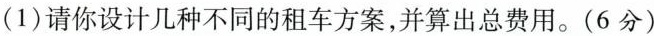
(1)请你设计几种不同的租车方案，并算出总费用。(6分)